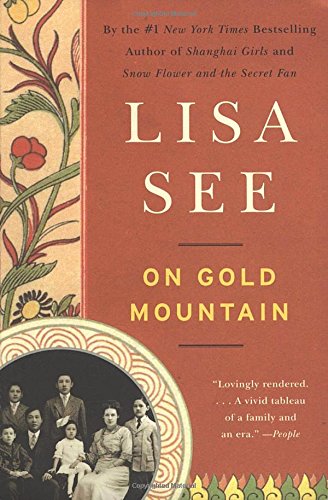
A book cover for On Gold Mountain; Lisa See; Biographies & Memoirs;